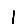
Digit: 1